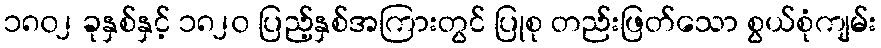
၁၈၀၂ ခုနှစ်နှင့် ၁၈၂၀ ပြည့်နှစ်အကြားတွင် ပြုစု တည်းဖြတ်သော စွယ်စုံကျမ်း